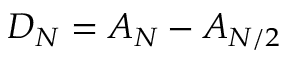
D _ { N } = A _ { N } - A _ { N / 2 }